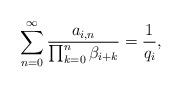
LaTeX: \begin{align*}\sum_{n=0}^\infty\frac{a_{i,n}}{\prod_{k=0}^n\beta_{i+k}}=\frac{1}{q_i},\end{align*}